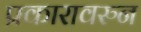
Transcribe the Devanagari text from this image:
प्रकारावरुन